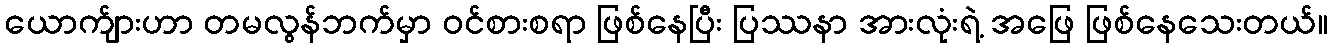
ယောက်ျားဟာ တမလွန်ဘက်မှာ ဝင်စားစရာ ဖြစ်နေပြီး ပြဿနာ အားလုံးရဲ့ အဖြေ ဖြစ်နေသေးတယ်။